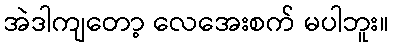
အဲဒါကျတော့ လေအေးစက် မပါဘူး။